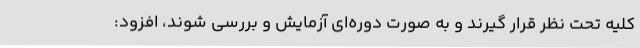
کلیه تحت نظر قرار گیرند و به صورت دوره‌ای آزمایش و بررسی شوند، افزود: